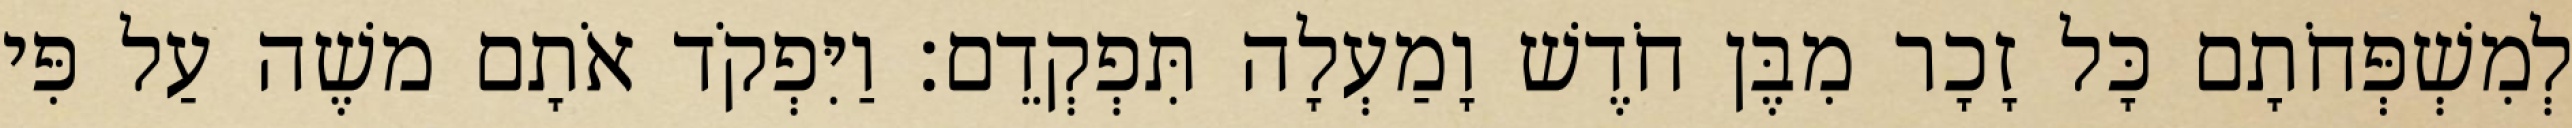
לְמִשְׁפְּחֹתָם כָּל זָכָר מִבֶּן חֹדֶשׁ וָמַעְלָה תִּפְקְדֵם׃ וַיִּפְקֹד אֹתָם משֶׁה עַל פִּי